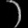
Digit: ၁